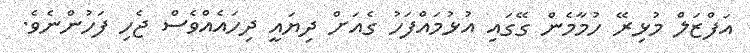
އަފްޒަލް މުޅިރޭ ހުމާމެން ގޭގައި އުޅުމައްފަހު ގެއަށް ދިޔައީ ދިހައެއްވެސް ޖެހި ފަހުންނެވެ.